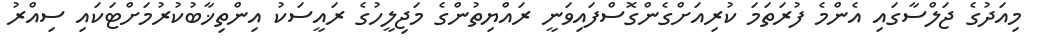
މިއަދުގެ ޖަލްސާގައި އެންމެ ފުރަތަމަ ކުރިއަށްގެންގޮސްފައިވަނީ ރައްޔިތުންގެ މަޖިލީހުގެ ރައީސަކު އިންތިޚާބުކުރުމަށްޓަކައި ސިއްރު